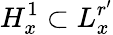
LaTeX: H_{x}^{1}\subset L_{x}^{r^{\prime}}